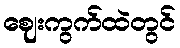
ဈေးကွက်ထဲတွင်